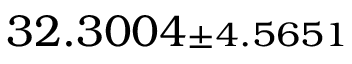
3 2 . 3 0 0 4 { \scriptstyle \pm 4 . 5 6 5 1 }